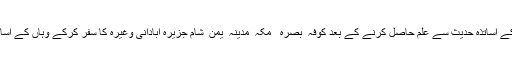
امام صاحب نے بغداد کے اساتذہ حدیث سے علم حاصل کرنے کے بعد کوفہ ٗ بصرہ ٗ ٗ مکہ ٗ مدینہ ٗ یمن ٗ شام جزیرہ ابادانی وغیرہ کا سفر کرکے وہاں کے اساتذہ سے علم حاصل کیا۔